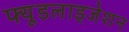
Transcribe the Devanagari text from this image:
फ्यूडलाइजेशन